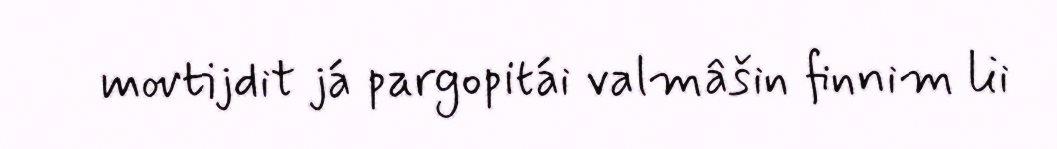
movtijdit já pargopitái valmâšin finnim lii